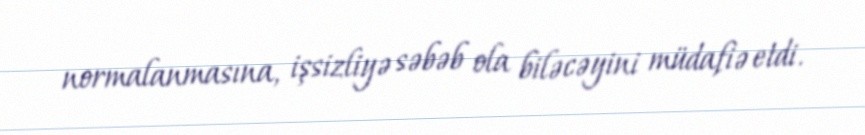
normalanmasına, işsizliyə səbəb ola biləcəyini müdafiə etdi.